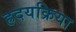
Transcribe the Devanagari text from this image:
ह्रदयक्रिया